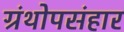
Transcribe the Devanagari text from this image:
ग्रंथोपसंहार